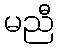
မညီ